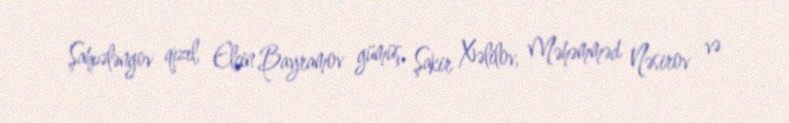
Şahpələngov qızıl, Elçin Bayramov gümüş, Şakir Xəlilov, Məhəmməd Nəsirov və